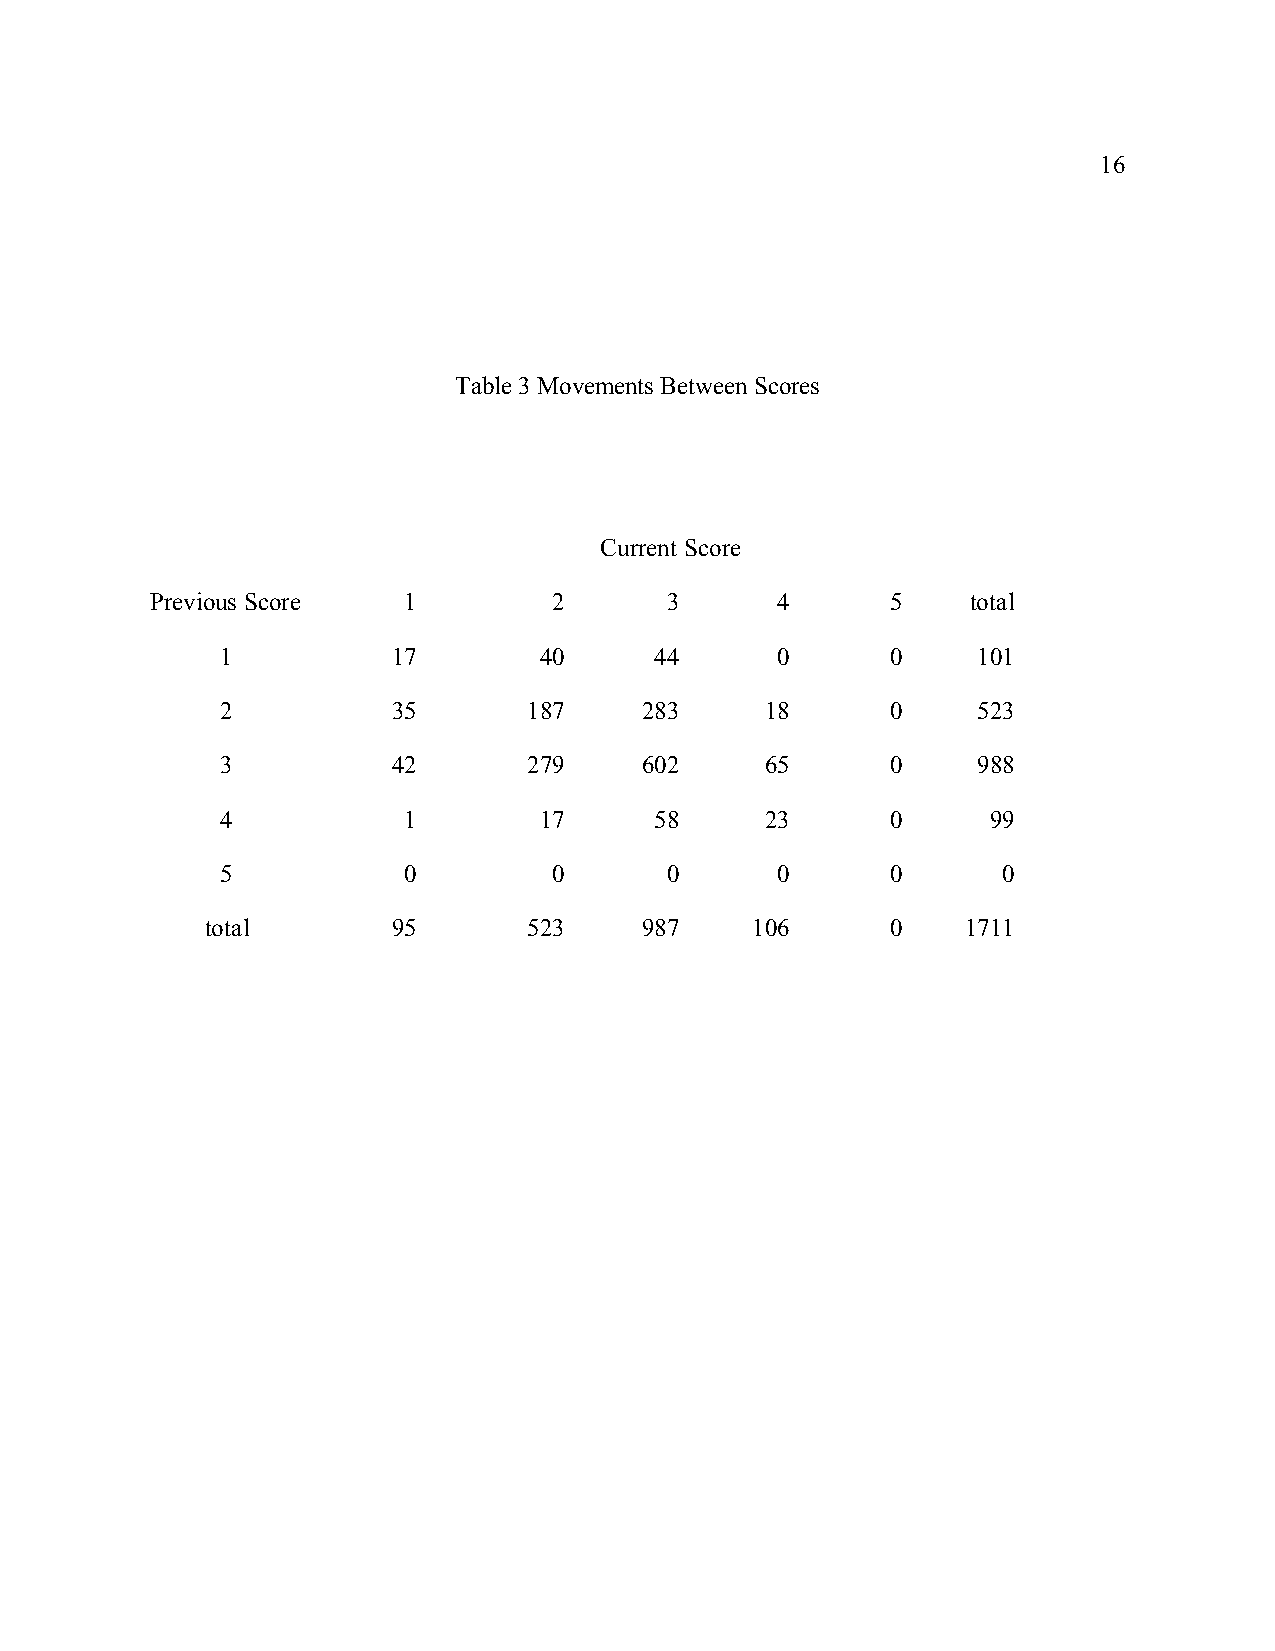
16
 Table 3 Movements Between Scores
 Current Score
 Previous Score   1         2      3      4       5    total
 1          17        40     44      0       0     101
 2          35       187    283      18      0     523
 3          42       279    602      65      0     988
 4           1        17     58      23      0      99
 5           0         0      0      0       0      0
 total       95       523    987     106      0    1711